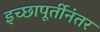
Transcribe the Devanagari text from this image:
इच्छापूर्तीनंतर